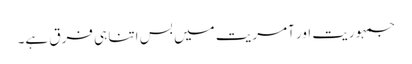
جمہوریت اور آمریت میں بس اتنا ہی فرق ہے۔